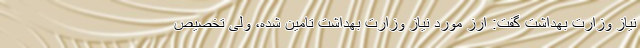
نیاز وزارت بهداشت گفت: ارز مورد نیاز وزارت بهداشت تامین شده، ولی تخصیص